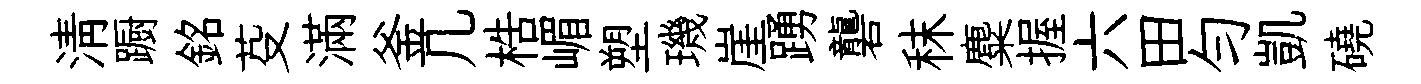
清蹰銘芟滿釜几梏嵋塑璣崖踴礱秣麋握六田匀凱磽